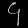
Digit: ၄